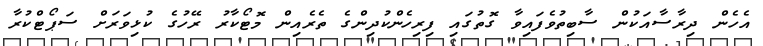
އެހެން ދިރާސާއަކުން ސާބިތުވެފައިވާ ގޮތުގައި ފިރިހެންކުދިންގެ ތެރެއިން މޮޓޯކާރު ރޭހުގެ ކުޅިވަރަށް ސަޕޯޓްކުރާ